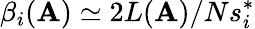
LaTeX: \beta_{i}(\mathbf{A})\simeq 2L(\mathbf{A})/Ns_{i}^{*}